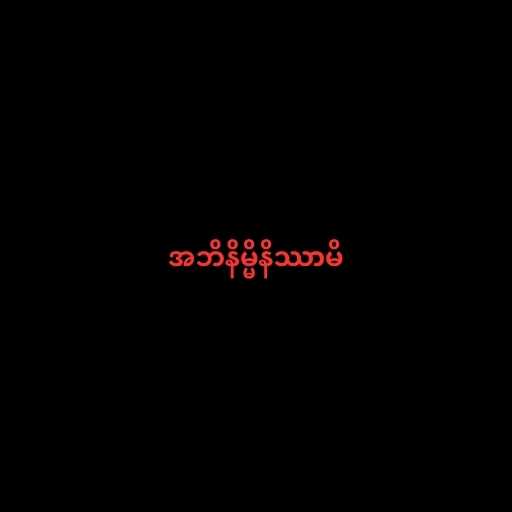
အဘိနိမ္မိနိဿာမိ